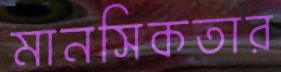
মানসিকতার